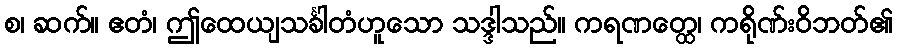
စ၊ ဆက်။ ဧတံ၊ ဤထေယျသင်္ခါတံဟူသော သဒ္ဒါသည်။ ကရဏတ္ထေ၊ ကရိုဏ်းဝိဘတ်၏